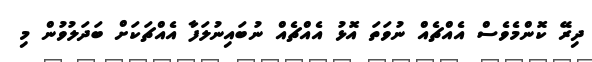
ދިރޭ ކޮންމެވެސް އެއްޗެއް ނުވަތަ އޮޅު އެއްޗެއް ނުބައިނުލަފާ އެއްޗަކަށް ބަދަލުވުން މި